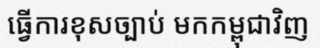
ធ្វើការខុសច្បាប់ មកកម្ពុជាវិញ